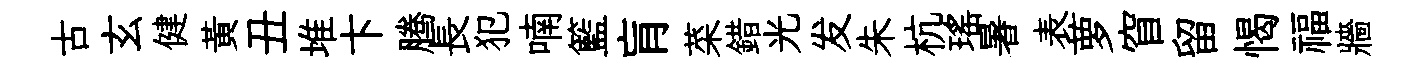
古玄健黄丑堆卞腾長犯喃籃肓菜錯光发朱杭瑤暑表萝窅留愒福牆